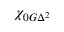
\chi _ { 0 G \Delta ^ { 2 } }